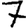
Digit: 7